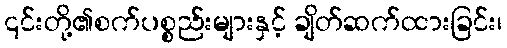
၎င်းတို့၏စက်ပစ္စည်းများနှင့် ချိတ်ဆက်ထားခြင်း၊